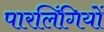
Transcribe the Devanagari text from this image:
पारलिंगियों